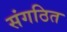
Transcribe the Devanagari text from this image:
संगठित